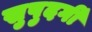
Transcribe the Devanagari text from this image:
सुपुदर्गी